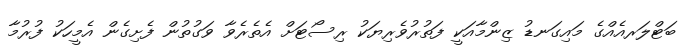
ބަޓްލަރއެއްގެ މައިގަނޑު ޒިންމާއަކީ ފަތުރުވެރިޔަކު ރިސޯޓަށް އެތެރެވާ ވަގުތުން ފެށިގެން އެމީހަކު ފުރުމާ